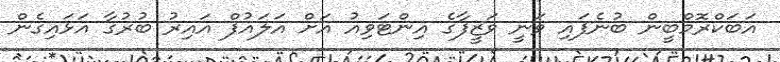
އަބަކްރޮމްބީން ބުނެފައި ވަނީ ވަޒީފާގެ އިންޓަވިއު އަށް އަލައުފް އައިރު ބުރުގާ އަޅައިގެން